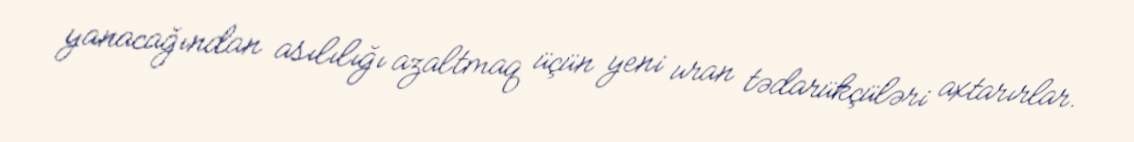
yanacağından asılılığı azaltmaq üçün yeni uran tədarükçüləri axtarırlar.